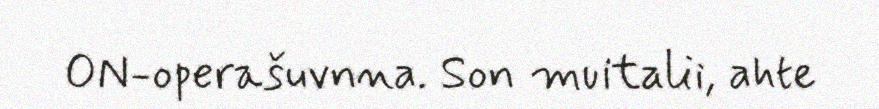
ON-operašuvnna. Son muitalii, ahte